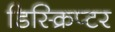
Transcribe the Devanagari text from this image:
डिस्क्रिप्टर